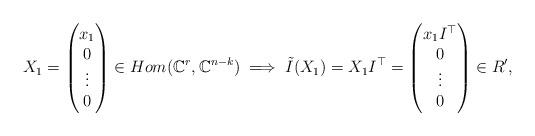
LaTeX: \begin{align*}X_{1}=\begin{pmatrix}x_{1}\\0\\\vdots\\0\end{pmatrix}\in Hom(\mathbb{C}^{r},\mathbb{C}^{n-k})\implies\tilde{I}(X_{1})=X_{1}I^{\top}=\begin{pmatrix}x_{1}I^{\top}\\0\\\vdots\\0\end{pmatrix}\in R^{\prime},\end{align*}